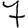
Digit: 7